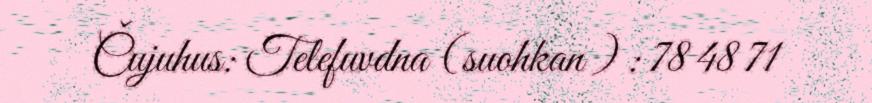
Čujuhus: Telefuvdna (suohkan ) : 78 48 71